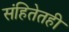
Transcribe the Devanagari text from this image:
संहितेतही